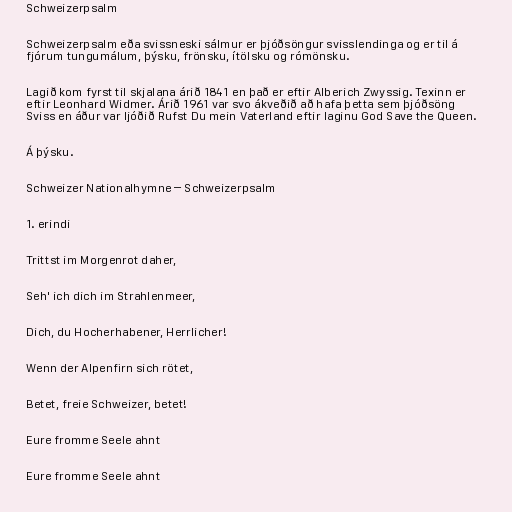
Schweizerpsalm

Schweizerpsalm eða svissneski sálmur er þjóðsöngur svisslendinga og er til á
fjórum tungumálum, þýsku, frönsku, ítölsku og rómönsku.

Lagið kom fyrst til skjalana árið 1841 en það er eftir Alberich Zwyssig. Texinn er
eftir Leonhard Widmer. Árið 1961 var svo ákveðið að hafa þetta sem þjóðsöng
Sviss en áður var ljóðið Rufst Du mein Vaterland eftir laginu God Save the Queen.

Á þýsku.

Schweizer Nationalhymne – Schweizerpsalm

1. erindi

Trittst im Morgenrot daher,

Seh' ich dich im Strahlenmeer,

Dich, du Hocherhabener, Herrlicher!

Wenn der Alpenfirn sich rötet,

Betet, freie Schweizer, betet!

Eure fromme Seele ahnt

Eure fromme Seele ahnt